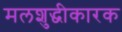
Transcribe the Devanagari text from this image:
मलशुद्धीकारक